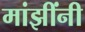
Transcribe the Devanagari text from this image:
मांझींनी